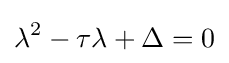
\lambda ^{2}-\tau \lambda +\Delta =0